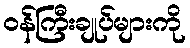
ဝန်ကြီးချုပ်များကို